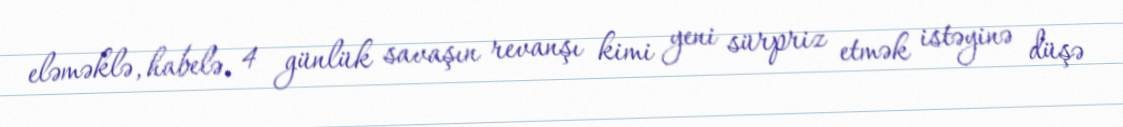
eləməklə, habelə, 4 günlük savaşın revanşı kimi yeni sürpriz etmək istəyinə düşə